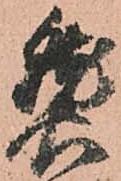
熟